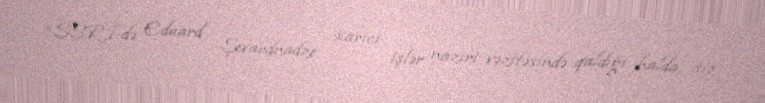
“SSRİ-də Eduard Şevardnadze xarici işlər naziri vəzifəsində qaldığı halda, siz